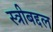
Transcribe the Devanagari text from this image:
स्त्रीबद्दल